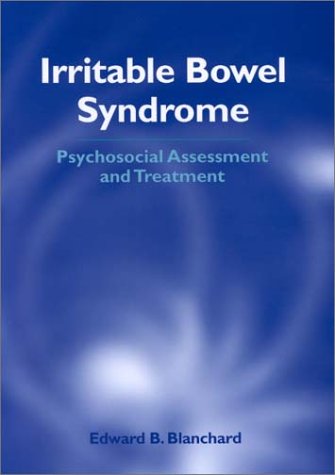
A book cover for Irritable Bowel Syndrome: Psychosocial Assessment and Treatment; Edward B. Blanchard; Health, Fitness & Dieting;